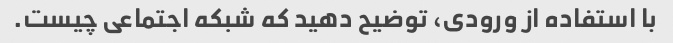
با استفاده از ورودی، توضیح دهید که شبکه اجتماعی چیست.